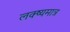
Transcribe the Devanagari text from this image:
लक्ष्यमात्र